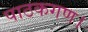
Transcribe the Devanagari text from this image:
पाठकगण।